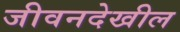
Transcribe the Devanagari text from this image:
जीवनदेखील